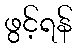
ဖွင့်ရန်